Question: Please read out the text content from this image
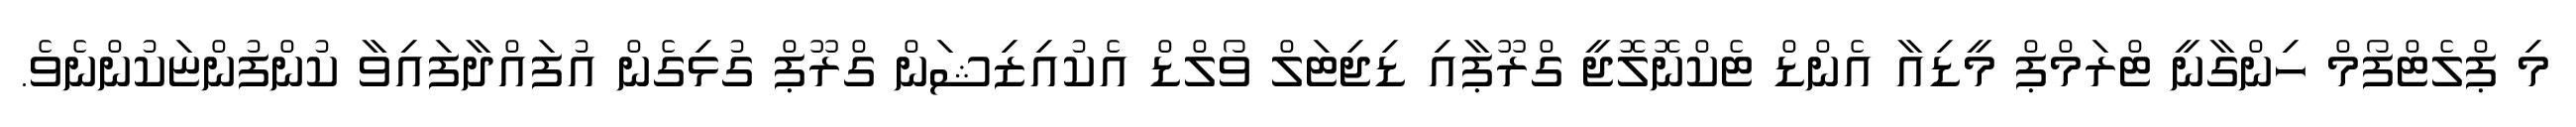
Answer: މި ޕްލެޓްފޯމް ހިންގާނީ ޓްރަމްޕް މީޑިއާ އެންޑް ޓެކްނޮލޮޖީ ގްރޫޕާއި ޑިޖިޓަލް ވޯލްޑް އެކުއިޒިޝަން ގްރޫޕް ގުޅިގެން އުފައްދާފައިވާ ކުންފުންޏަކުންނެވެ.